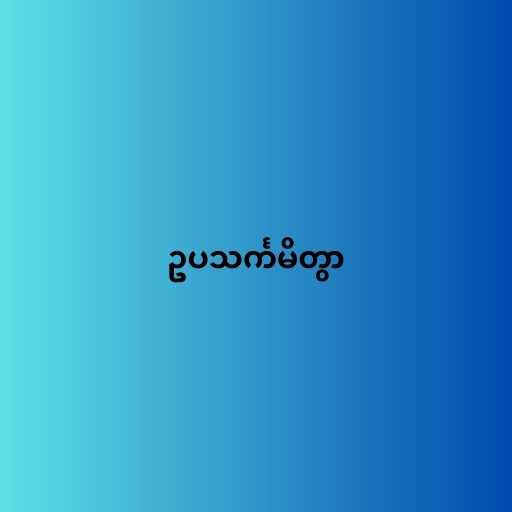
ဥပသင်္ကမိတွာ